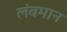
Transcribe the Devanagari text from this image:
लंबमान